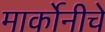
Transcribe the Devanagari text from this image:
मार्कोनीचे